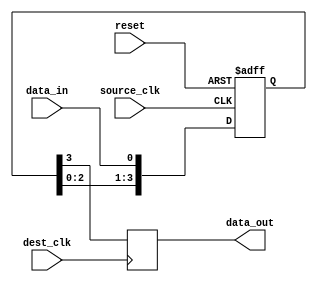
module four_flop_synchronizer (
    input wire source_clk,
    input wire dest_clk,
    input wire reset,
    input wire data_in,
    output reg data_out
);

reg [3:0] synchronizer;

always @(posedge source_clk or posedge reset) begin
    if (reset) begin
        synchronizer <= 4'b0000;
    end else begin
        synchronizer <= {synchronizer[2:0], data_in};
    end
end

always @(posedge dest_clk) begin
    data_out <= synchronizer[3];
end

endmodule